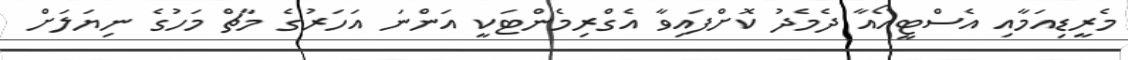
މެރީޑިއަމާއި އެސްޓީއޯއާ ދެމެދު ކޮށްފައިވާ އެގްރިމެންޓަކީ އަންނަ އަހަރުގެ މާޗް މަހުގެ ނިޔަލަށް